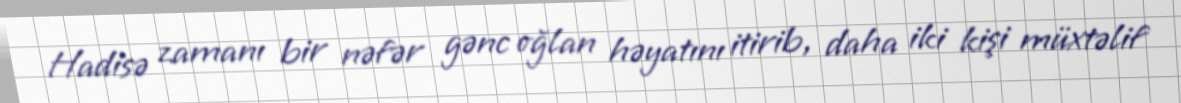
Hadisə zamanı bir nəfər gənc oğlan həyatını itirib, daha iki kişi müxtəlif